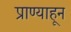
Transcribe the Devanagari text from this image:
प्राण्याहून